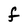
Character: f